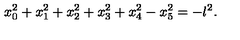
x _ { 0 } ^ { 2 } + x _ { 1 } ^ { 2 } + x _ { 2 } ^ { 2 } + x _ { 3 } ^ { 2 } + x _ { 4 } ^ { 2 } - x _ { 5 } ^ { 2 } = - l ^ { 2 } .